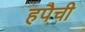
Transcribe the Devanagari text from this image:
हपैची